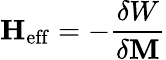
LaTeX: \mathbf{H}_{\mathrm{eff}}=-\frac{\delta W}{\delta\mathbf{M}}